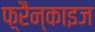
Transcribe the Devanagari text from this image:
फ़्रैन्काइज